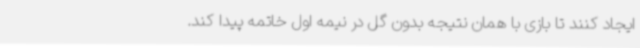
ایجاد کنند تا بازی با همان نتیجه بدون گل در نیمه اول خاتمه پیدا کند.